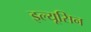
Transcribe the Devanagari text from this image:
इल्यूसिन